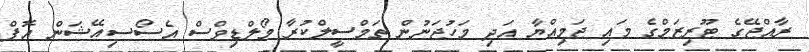
ރާއްޖޭގެ ޓޫރިޒަމްގެ މައި ޖަމިއްޔާ އަދި މަހުޖަނުން ތަމްސީލްކުރާ މޯލްޑިވްސް އެސޯސިއޭޝަން އޮފް